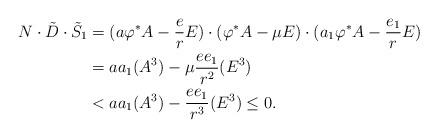
LaTeX: \begin{align*}N \cdot \tilde{D} \cdot \tilde{S}_1 &= (a \varphi^*A - \frac{e}{r} E) \cdot (\varphi^*A - \mu E) \cdot (a_1 \varphi^*A - \frac{e_1}{r} E) \\&= a a_1 (A^3) - \mu \frac{e e_1}{r^2} (E^3) \\& < a a_1 (A^3) - \frac{e e_1}{r^3} (E^3) \le 0.\end{align*}